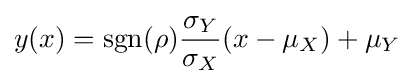
y(x)=\operatorname {sgn} (\rho ){\frac {\sigma _{Y}}{\sigma _{X}}}(x-\mu _{X})+\mu _{Y}